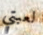
لعبتي